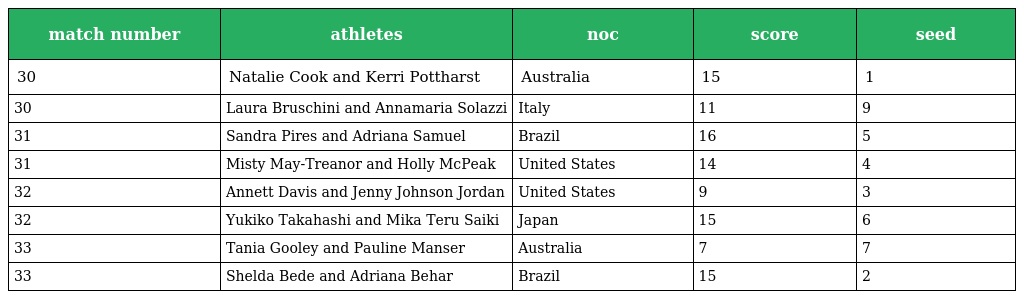
| match number | athletes | noc | score | seed |
 | --- | --- | --- | --- | --- |
 | 30 | Natalie Cook and Kerri Pottharst | Australia | 15 | 1 |
 | 30 | Laura Bruschini and Annamaria Solazzi | Italy | 11 | 9 |
 | 31 | Sandra Pires and Adriana Samuel | Brazil | 16 | 5 |
 | 31 | Misty May-Treanor and Holly McPeak | United States | 14 | 4 |
 | 32 | Annett Davis and Jenny Johnson Jordan | United States | 9 | 3 |
 | 32 | Yukiko Takahashi and Mika Teru Saiki | Japan | 15 | 6 |
 | 33 | Tania Gooley and Pauline Manser | Australia | 7 | 7 |
 | 33 | Shelda Bede and Adriana Behar | Brazil | 15 | 2 |